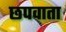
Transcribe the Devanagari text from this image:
छपवाता